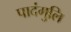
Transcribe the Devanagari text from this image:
पादंगुलि